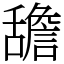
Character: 舚